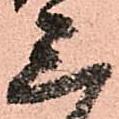
三